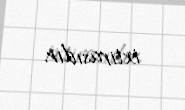
ixtirasıdır.